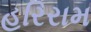
હરિરામ